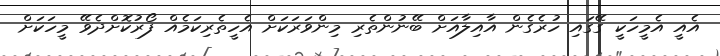
އެއީ އެމީހަކީ ގޭގައި ހުރެގެން އާއިލާއަށް ބޭނުންތެރި މިންވަރަކަށް އެހީތެރިކަމެއް ފޯރުކޮށްދެވޭ މީހަކަށް